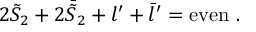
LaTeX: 2 { \tilde { S } } _ { 2 } + 2 { \bar { \tilde { S } } } _ { 2 } + l ^ { \prime } + { \bar { l } } ^ { \prime } = \mathrm { e v e n } \ .